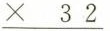
\underline{× 3 2}